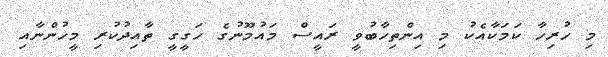
މި ހުރިހާ ކަމަކާއެކު މި އިންތިހާބުވީ ރައީސް މައުމޫނުގެ ހަގީގީ ތާއިދުކުރި މީހުންނާއި